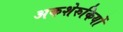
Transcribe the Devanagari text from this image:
अकशेरुकियों